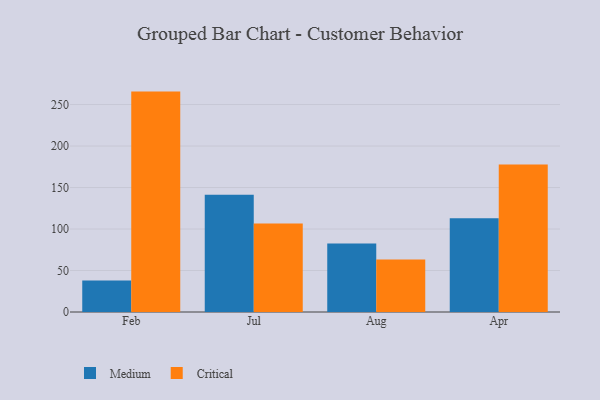
{"axis": {"x": "Month", "y": "Market Share (%)"}, "legend": ["Critical", "Medium"], "data": [{"x": "Feb", "y": 38.1, "type": "Medium"}, {"x": "Feb", "y": 265.6, "type": "Critical"}, {"x": "Jul", "y": 141.3, "type": "Medium"}, {"x": "Jul", "y": 106.8, "type": "Critical"}, {"x": "Aug", "y": 82.6, "type": "Medium"}, {"x": "Aug", "y": 63.2, "type": "Critical"}, {"x": "Apr", "y": 113.1, "type": "Medium"}, {"x": "Apr", "y": 177.7, "type": "Critical"}]}